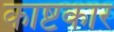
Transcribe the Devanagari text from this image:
काष्टकार